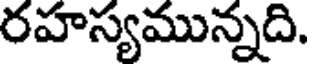
రహస్యమున్నది.